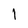
Character: 1